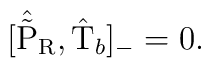
[ \hat{\tilde{\rm P}}_{\rm R} , \hat{\rm T}_b ]_{-}  =  0 .